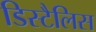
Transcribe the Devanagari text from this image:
डिस्टैलिस